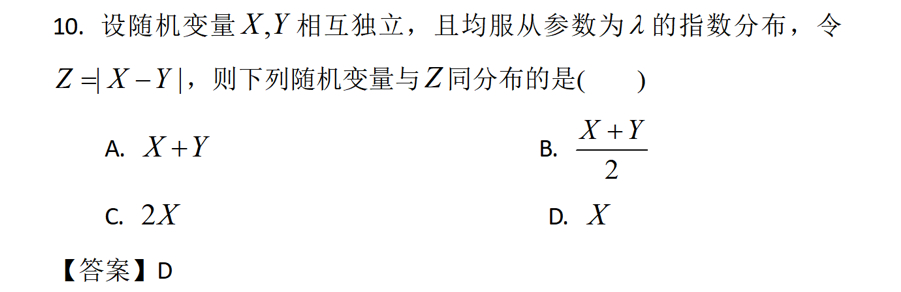
10. 设随机变量\(X,Y\)相互独立，且均服从参数为\(\lambda\)的指数分布，令\(Z = |X - Y|\)，则下列随机变量与\(Z\)同分布的是( )
A. \(X + Y\)  B. \(\frac{X + Y}{2}\)
C. \(2X\)  D. \(X\)
【答案】D